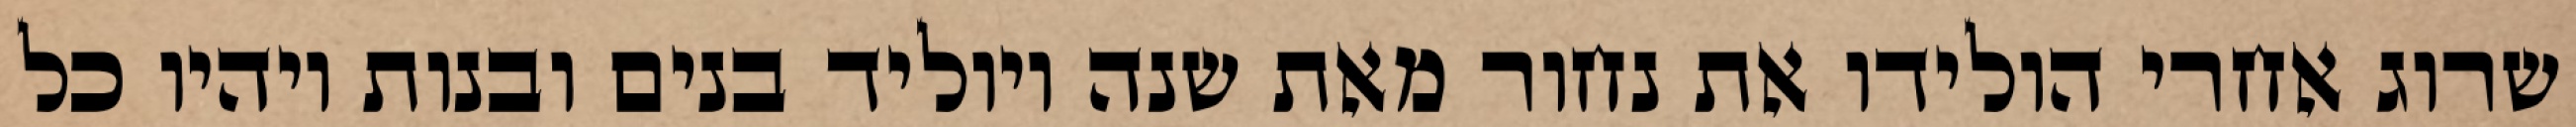
שרוג אחרי הולידו את נחור מאת שנה ויוליד בנים ובנות ויהיו כל